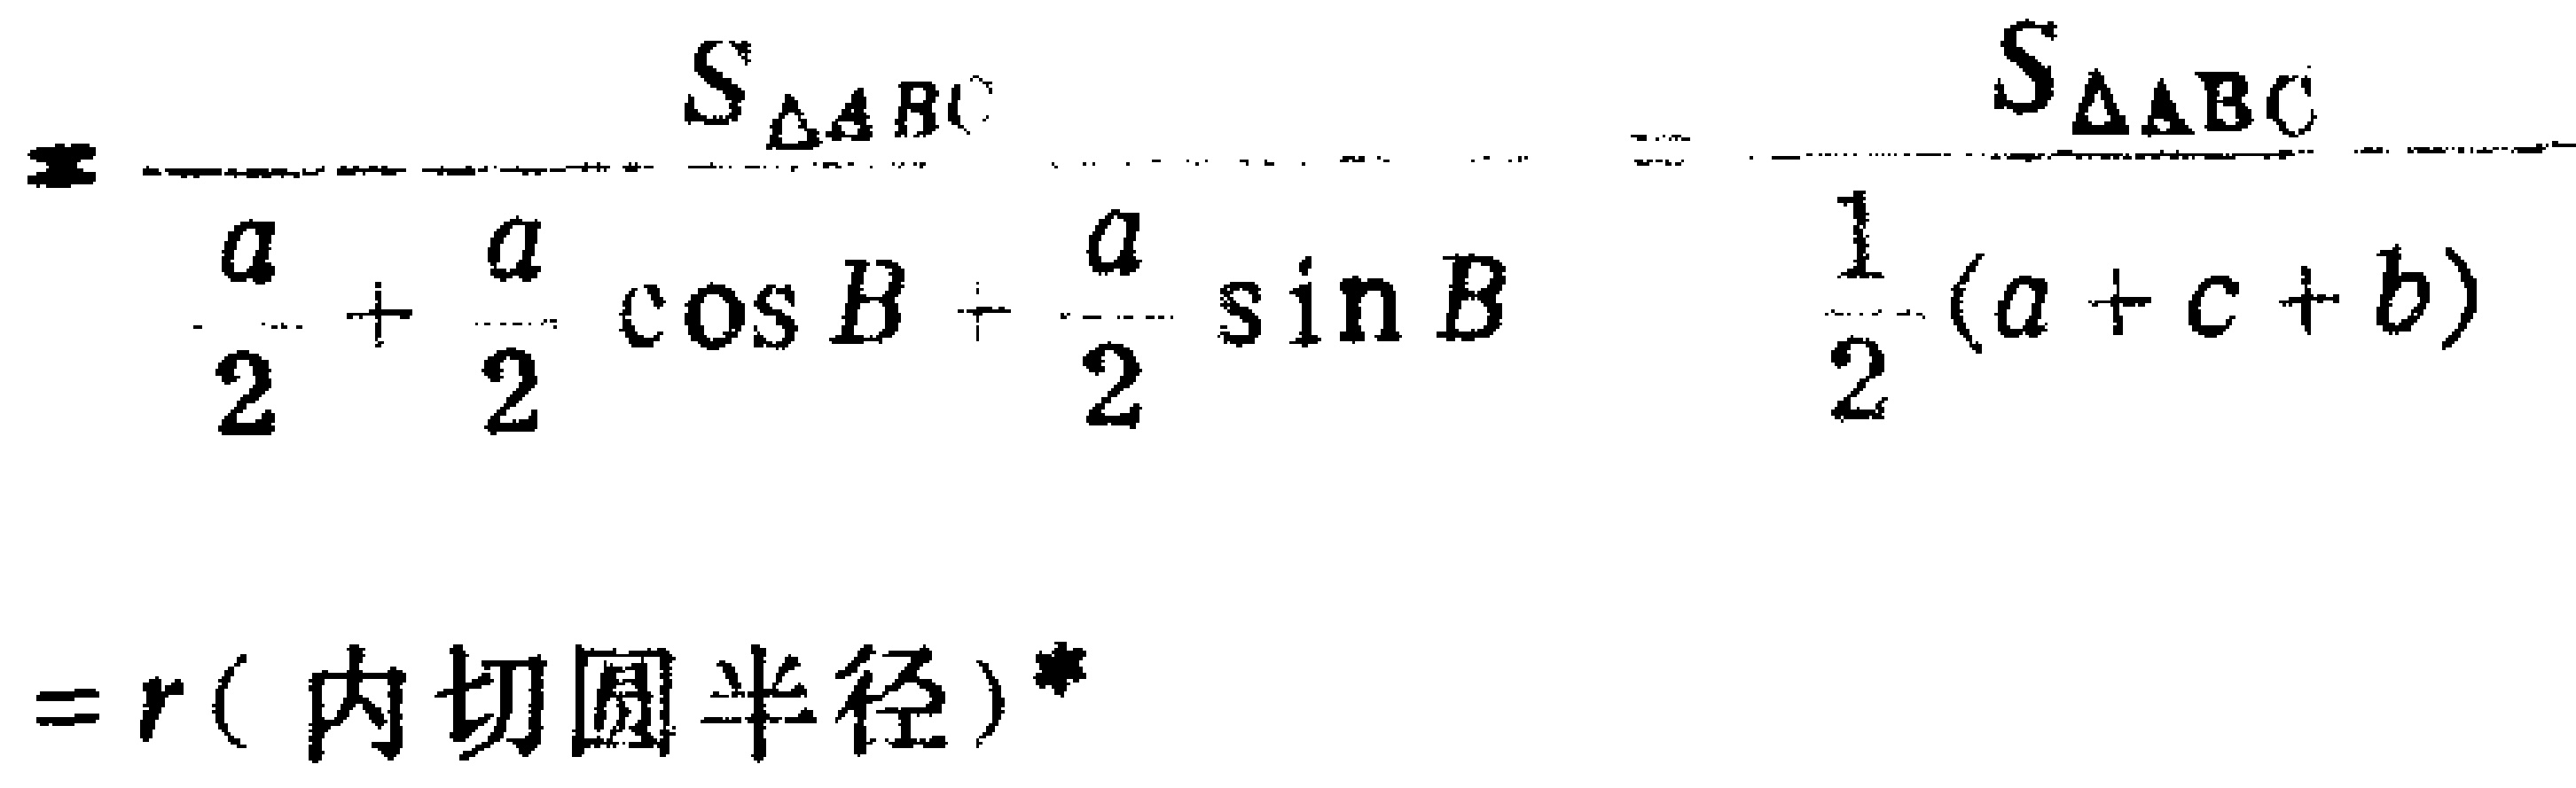
\[
= \frac{S_{\triangle ABC}}{\frac{a}{2}+\frac{a}{2}\cos B+\frac{a}{2}\sin B}=\frac{S_{\triangle ABC}}{\frac{1}{2}(a + c + b)}
\]
\[
=r(\text{ 内切圆半径})^{*}
\]